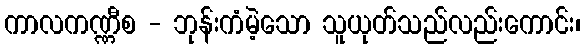
ကာလကဏ္ဏီစ - ဘုန်းကံမဲ့သော သူယုတ်သည်လည်းကောင်း၊